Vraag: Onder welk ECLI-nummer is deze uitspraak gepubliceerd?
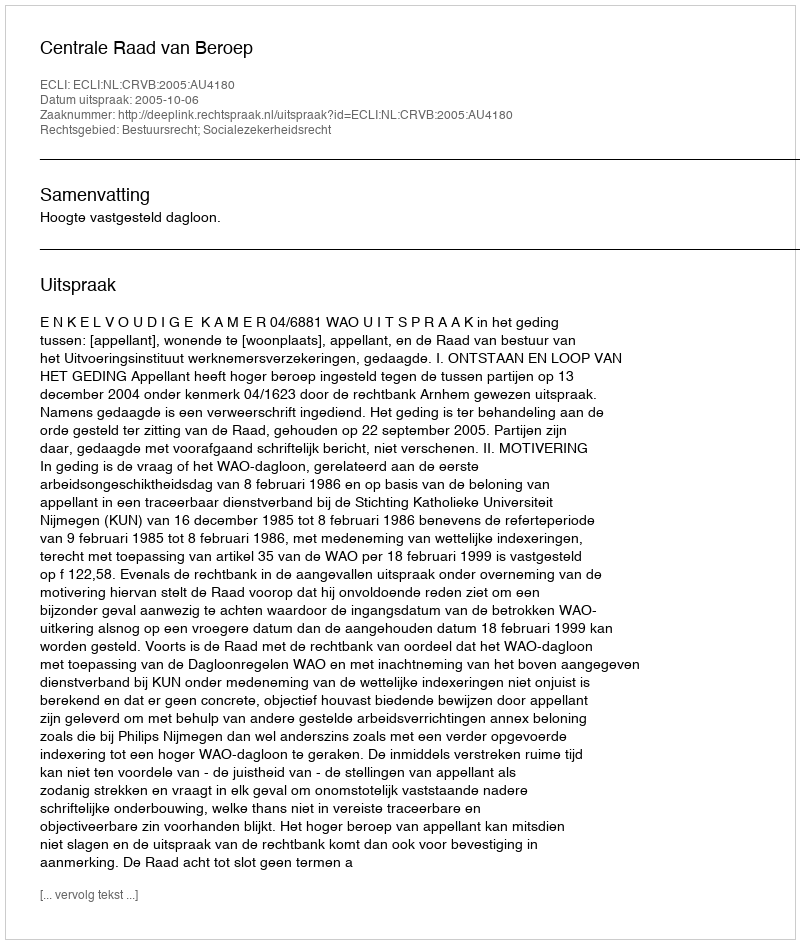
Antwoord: ECLI:NL:CRVB:2005:AU4180